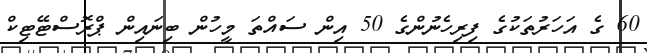
60 ގެ އަހަރުތަކުގެ ފިރިހެނުންގެ 50 އިން ސައްތަ މީހުން ބިނައިން ޕްރޮސްޓޭޓިކް